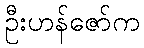
ဦးဟန်ဇော်က